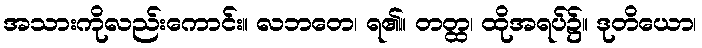
အသားကိုလည်းကောင်း။ လဘတေ၊ ရ၏။ တတ္ထ၊ ထိုအရပ်၌။ ဒုတိယော၊